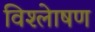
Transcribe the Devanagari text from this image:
विश्लेाषण